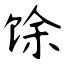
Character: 馀